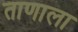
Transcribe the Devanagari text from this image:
ताणाला